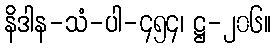
နိဒါန-သံ-ပါ-၄၅၄၊ ဋ္ဌ-၂၀၆။